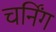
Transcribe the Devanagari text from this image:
चर्निंग